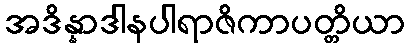
အဒိန္နာဒါနပါရာဇိကာပတ္တိယာ